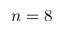
n = 8